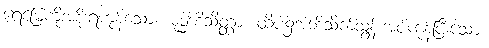
ရေမြေကိုအစိုးရကုန်သော။ မုဒ္ဓါဘိသိတ္တာ၊ ထိပ်၌အဘိသိက်သွန်းအပ်ကုန်ပြီးသော။